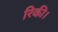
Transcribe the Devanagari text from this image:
रिकी।